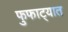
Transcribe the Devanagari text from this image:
फुफाट्यात